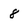
Character: 8